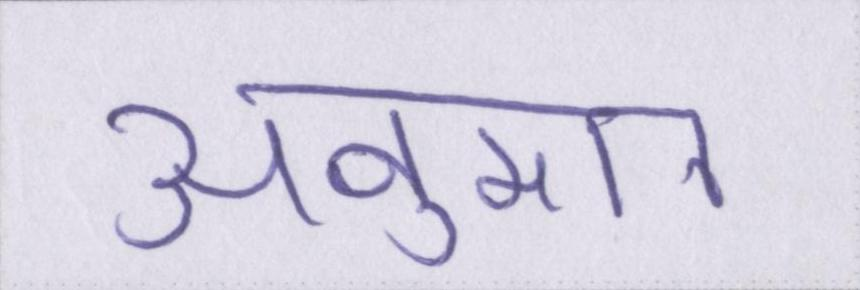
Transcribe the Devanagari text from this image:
अनुमान